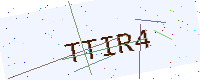
Text: TTIR4